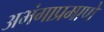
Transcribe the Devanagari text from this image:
अभंगाप्रमाणे